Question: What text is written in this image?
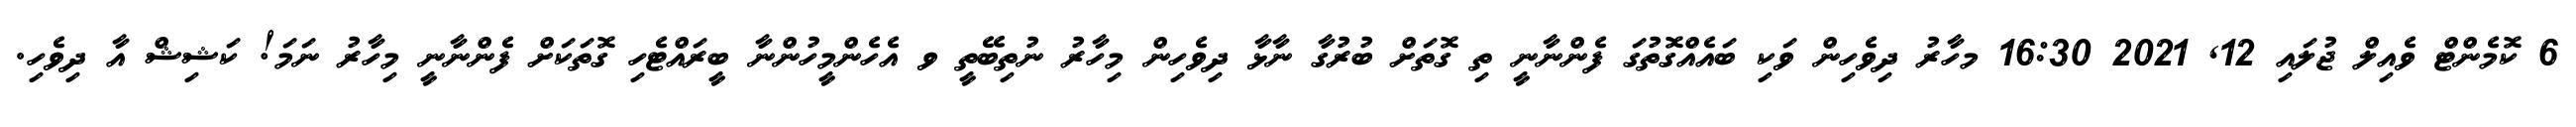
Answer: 6 ކޮމެންޓް ވެއިލް ޖުލައި 12, 2021 16:30 މހާރު ދިވެހިން ވަކި ބައެއްގޮތުގަ ފެންނާނީ ތި ގޮތަށް ބުރުގާ ނާޅާ ދިވެހިން މިހާރު ނުތިބޭތީ ވ އެހެންމީހުންނާ ބީރައްޓެހި ގޮތަކަށް ފެންނާނީ މިހާރު ނަމަ! ކަޝިޝް އާ ދިވެހި.